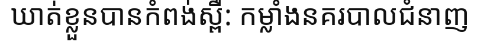
ឃាត់ខ្លួនបានកំពង់ស្ពឺ: កម្លាំងនគរបាលជំនាញ